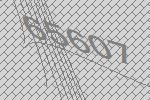
65607